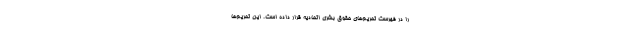
را در فهرست تحریم‌های حقوق بشری اتحادیه قرار داده است. این تحریم‌ها